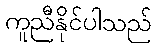
ကူညီနိုင်ပါသည်